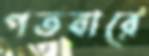
গতবারে